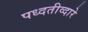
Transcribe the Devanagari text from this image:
पध्दतीव्दारे